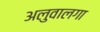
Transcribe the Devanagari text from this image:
अलुवालगा